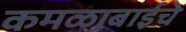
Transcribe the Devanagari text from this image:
कमळाबाईचे